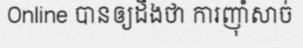
Online បានឲ្យដឹងថា ការញ៉ាំសាច់